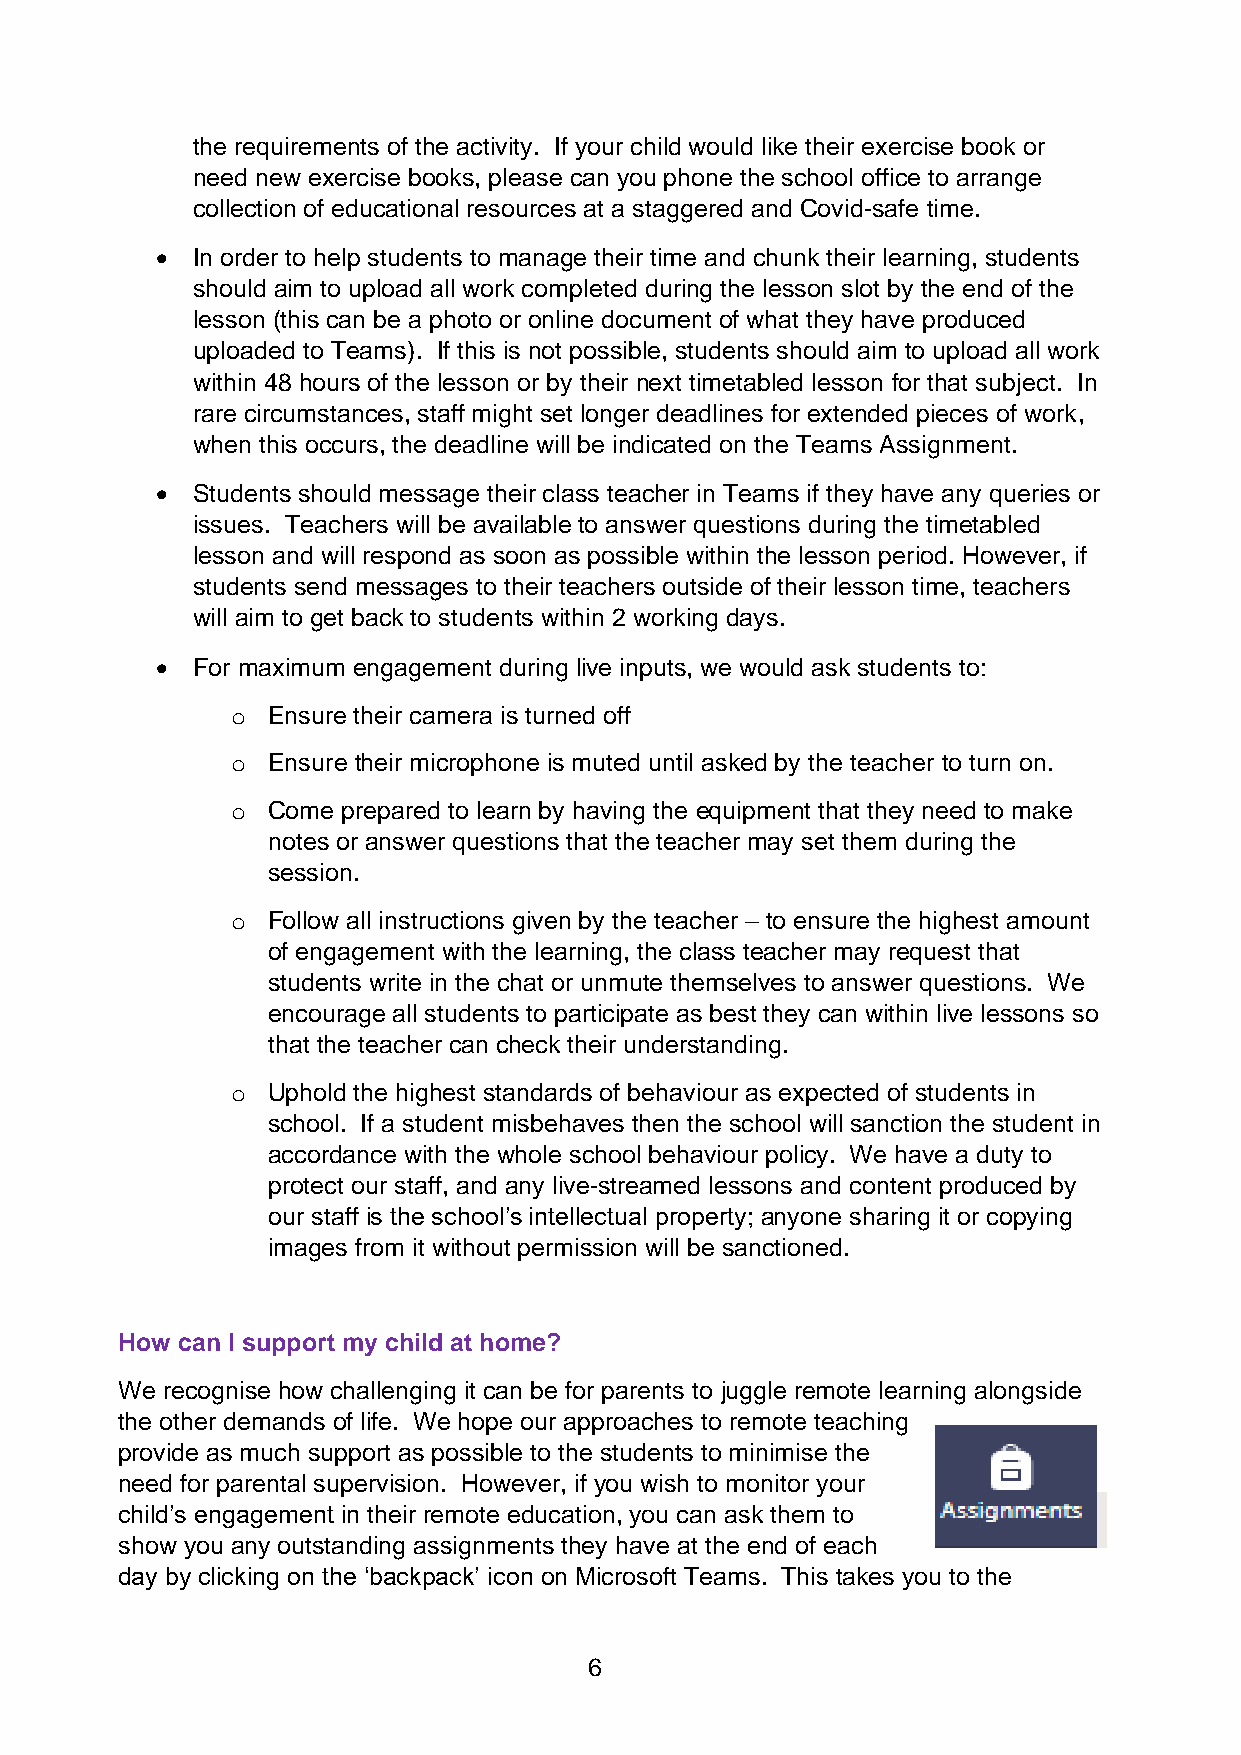
the requirements of the activity. If your child would like their exercise book or
 need new exercise books, please can you phone the school office to arrange
 collection of educational resources at a staggered and Covid-safe time.
 •  In order to help students to manage their time and chunk their learning, students
 should aim to upload all work completed during the lesson slot by the end of the
 lesson (this can be a photo or online document of what they have produced
 uploaded to Teams). If this is not possible, students should aim to upload all work
 within 48 hours of the lesson or by their next timetabled lesson for that subject. In
 rare circumstances, staff might set longer deadlines for extended pieces of work,
 when this occurs, the deadline will be indicated on the Teams Assignment.
 •  Students should message their class teacher in Teams if they have any queries or
 issues. Teachers will be available to answer questions during the timetabled
 lesson and will respond as soon as possible within the lesson period. However, if
 students send messages to their teachers outside of their lesson time, teachers
 will aim to get back to students within 2 working days.
 •  For maximum engagement during live inputs, we would ask students to:
 o  Ensure their camera is turned off
 o  Ensure their microphone is muted until asked by the teacher to turn on.
 o  Come prepared to learn by having the equipment that they need to make
 notes or answer questions that the teacher may set them during the
 session.
 o  Follow all instructions given by the teacher – to ensure the highest amount
 of engagement with the learning, the class teacher may request that
 students write in the chat or unmute themselves to answer questions. We
 encourage all students to participate as best they can within live lessons so
 that the teacher can check their understanding.
 o  Uphold the highest standards of behaviour as expected of students in
 school. If a student misbehaves then the school will sanction the student in
 accordance with the whole school behaviour policy. We have a duty to
 protect our staff, and any live-streamed lessons and content produced by
 our staff is the school’s intellectual property; anyone sharing it or copying
 images from it without permission will be sanctioned.
 How can I support my child at home?
 We recognise how challenging it can be for parents to juggle remote learning alongside
 the other demands of life. We hope our approaches to remote teaching
 provide as much support as possible to the students to minimise the
 need for parental supervision. However, if you wish to monitor your
 child’s engagement in their remote education, you can ask them to
 show you any outstanding assignments they have at the end of each
 day by clicking on the ‘backpack’ icon on Microsoft Teams. This takes you to the
 6